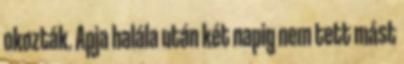
okozták. Apja halála után két napig nem tett mást